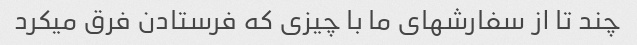
چند تا از سفارشهای ما با چیزی که فرستادن فرق میکرد